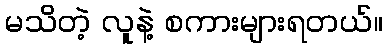
မသိတဲ့ လူနဲ့ စကားများရတယ်။